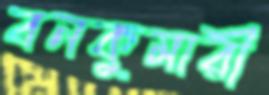
বনকুমারী